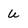
Character: U